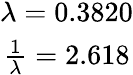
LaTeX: \begin{array}{c}{\lambda=0.3820}\\ {\frac{1}{\lambda}=2.618}\end{array}